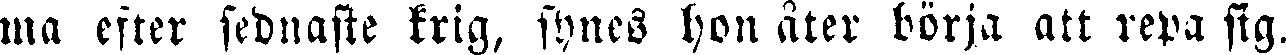
ma efter sednaste krig, synes hon äter börja att repa sig.